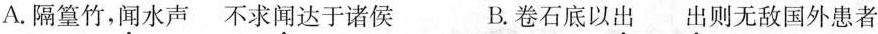
A.隔篁竹，\underset{·}{闻}水声 不求\underset{·}{闻}达于诸侯 B.卷石底以\underset{·}{出} \underset{·}{出}则无敌国外患者